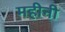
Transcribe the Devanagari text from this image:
महीनी